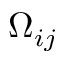
\Omega _ { i j }